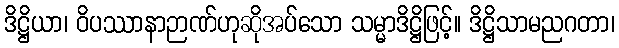
ဒိဋ္ဌိယာ၊ ဝိပဿာနာဉာဏ်ဟုဆိုအပ်သော သမ္မာဒိဋ္ဌိဖြင့်။ ဒိဋ္ဌိသာမညဂတာ၊